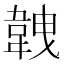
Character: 𩎥